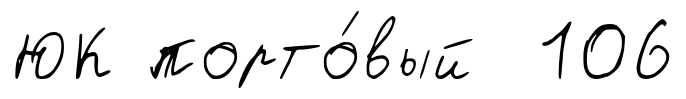
ЮК порто́вый 106